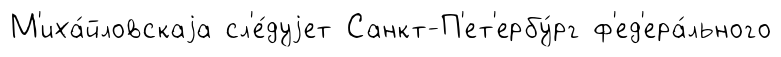
М'иха́йловскаjа сл'е́дуjет Санкт-П'ет'ербу́рг ф'ед'ера́льного